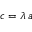
c = \lambda \, a